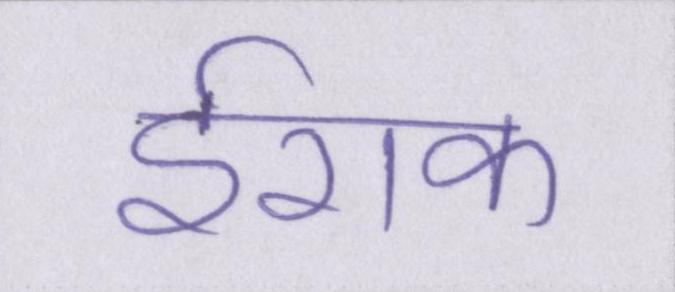
ईराक